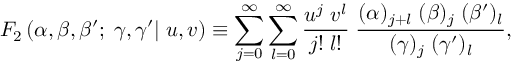
F _ { 2 } \left( \alpha , \beta , \beta ^ { \prime } ; \; \gamma , \gamma ^ { \prime } | \; u , v \right) \equiv \sum _ { j = 0 } ^ { \infty } \sum _ { l = 0 } ^ { \infty } \frac { u ^ { j } \; v ^ { l } } { j ! \; l ! } \; \frac { ( \alpha ) _ { j + l } \; ( \beta ) _ { j } \; ( \beta ^ { \prime } ) _ { l } } { ( \gamma ) _ { j } \; ( \gamma ^ { \prime } ) _ { l } } ,